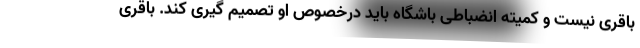
باقری نیست و کمیته انضباطی باشگاه باید درخصوص او تصمیم گیری کند. باقری